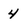
Character: 4